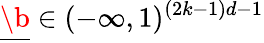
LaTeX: \underline{{\boldsymbol{\b}}}\in(-\infty,1)^{(2k-1)d-1}